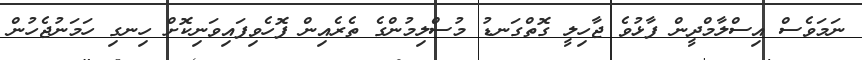
ނަމަވެސް އިސްލާމްދީން ފާޅުވެ ޖާހިލީ ގޮތްގަނޑު މުސްލިމުންގެ ތެރެއިން ފޮހެވިފައިވަނިކޮށް ހިނގި ހަމަނުޖެހުން